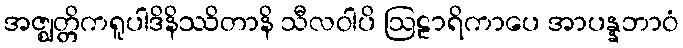
အဇ္ဈတ္တိကရူပါဒိနိဿိတာနိ သီလဝါပိ ဩဠာရိကာပေ အာပန္နဘာဝံ